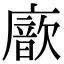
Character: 𢋆